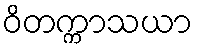
ဝိတက္ကာသယာ